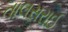
તાલસરાઈ